Annual report of the Civil Veterinary Department, Bengal, for the year 1897-98 - 1897-1898
Year: 1897
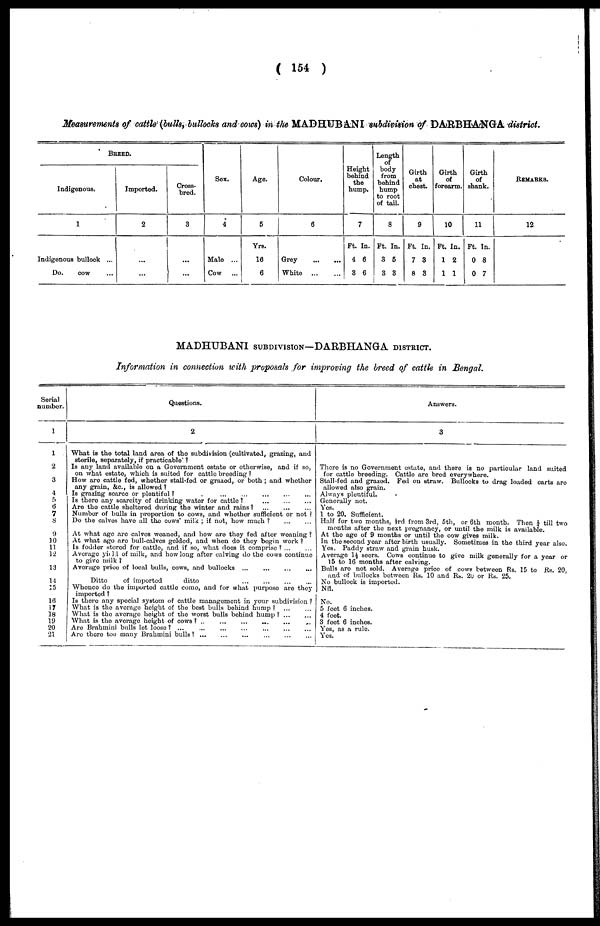
( 154 )
Measurements of cattle (bulls, bullocks and cows) in the MADHUBANI subdivision of DARBHANGA district.
BREED.
Indigenous.
1
Indigenous bullock ...
Do.
cow ...
Imported.
2
...
...
Cross
bred.
3
...
...
Sex.
4
Male ...
Cow
Age.
5
Yrs.
16
6
Colour.
6
Grey
White
Height
behind
the
hump.
7
Ft. In.
4 6
3 6
Length
of
body
from
behind
hump
to root
of tail.
8
Ft. In.
3 5
3 3
Girth
at
chest.
9
Ft. In.
7 3
8 3
Girth
of
forearm.
10
Ft. In.
1 2
1 1
Girth
of
shank.
11
Ft. In.
0 8
0 7
REMARKS.
12
MADHUBANI SUBDIVISION—DARBHANGA DISTRICT.
Information in connection with proposals for improving the breed of cattle in Bengal.
Serial
number.
1
1
2
3
4
ft
6
7
8
9
]0
11
12
13
14
15
16
17
18
19
20
21
Questions.
2
What is the total land area of the subdivision (cultivated, grazing, and
sterile, separately, if practicable) ?
Is any land available on a Government estate or otherwise, and if so,
on what estate, which is suited for cattle breeding ?
How are cattle fed, whether stall-fed or grazed, or both ; and whether
any grain, &c., is allowed?
Is grazing scarce or plentiful?
....
...
...
...
...
...
...
...
Is there any scarcity of drinking water for cattle ?
...
...
...
...
Are the cattle sheltered during the winter and rains?
Number of bulls in proportion to cows, and whether sufficient or not ?
Do the calves have all the cows' milk ; if not, how much ?
...
...
At what age are calves weaned, and how are they fed after weaning ?
At what age are bull-calves gelded, and when do they begin work ?
Is fodder stored for cattle, and if so, what does it comprise? . ... ...
Average yield of milk, and how long after calving do the cows continue
to give milk ?
Average price of local bulls, cows, and bullocks ...
...
... ...
Ditto
of imported
ditto
Whence do the imported cattle come, and for what purpose are they
imported ?
Is there any special system of cattle management in your subdivision ?
What is the average height of the best bulls behind hump ?
...
...
What is the average height of the worst bulls behind hump? ... ...
What is the average height of cows ? .. ... ... ... ...
...
Are Brahmini bulls let loose? ... ... ... ... ... ... ... ...
Are there too many Brahmini bulls? ... ... ... ... ... ... ... ...
Answers.
3
There is no Government estate, and there is no particular land suited
for cattle breeding. Cattle are bred everywhere.
Stall-fed and grazed. Fed on straw. Bullocks to drag loaded carts are
allowed also grain.
Always plentiful.
Generally not.
Yes.
1 to 20. Sufficient.
Half for two months, ⅓rd from 3rd, 5th, or 6th month. Then ¼ till two
months after the next pregnancy, or until the milk is available.
At the age of 9 months or until the cow gives milk.
In the second year after birth usually. Sometimes in the third year also.
Yes. Paddy straw and grain husk.
Average 1½ seers. Cows continue to give milk generally for a year or
15 to 16 months after calving.
Bulls are not sold. Average price of cows between Rs. 15 to Rs. 20,
and of bullocks between Rs. 10 and Rs. 20 or Rs. 25.
No bullock is imported.
Nil.
No.
5 feet 6 inches.
4 feet.
3 feet 6 inches.
Yes, as a rule.
Yes.